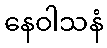
နေဝါသနံ